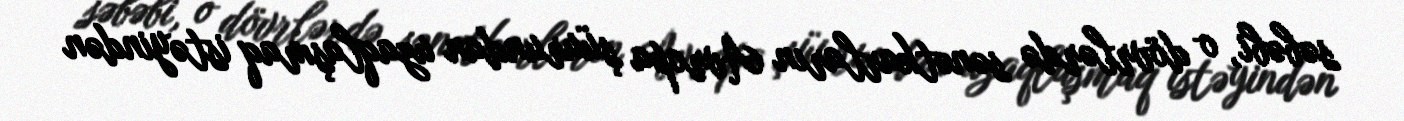
səbəbi, o dövrlərdə sənətkarların Avropa şüurundan uzaqlaşmaq istəyindən